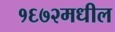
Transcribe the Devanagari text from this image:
१६७२मधील